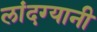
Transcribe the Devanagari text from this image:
लांदग्यानी